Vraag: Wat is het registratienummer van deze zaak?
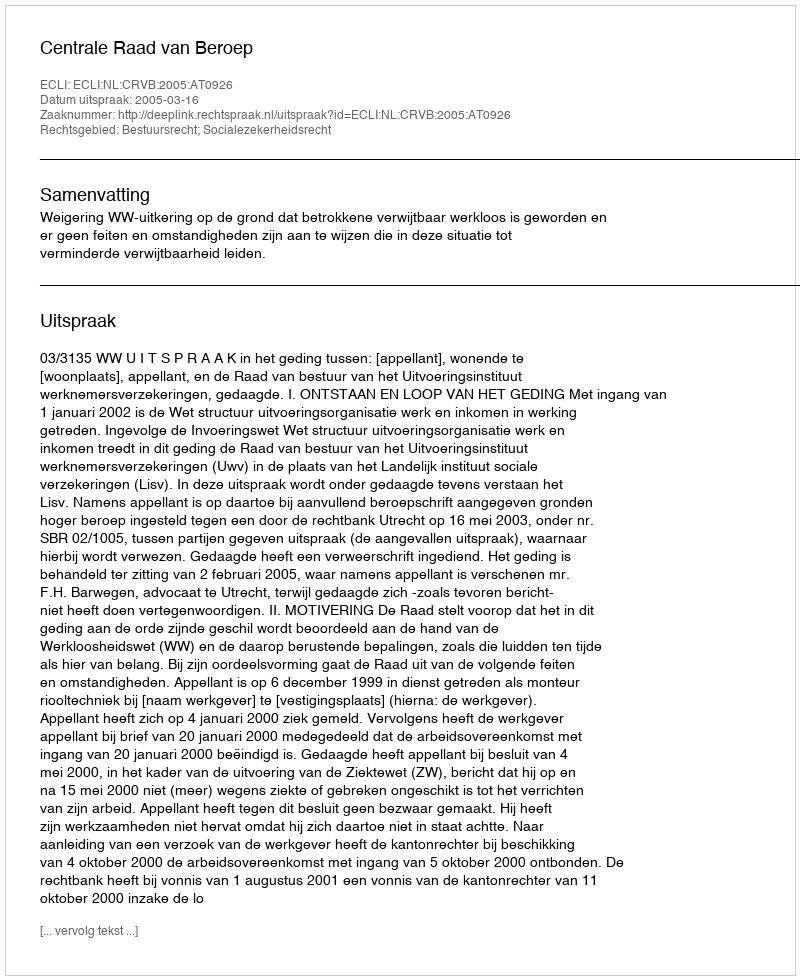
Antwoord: http://deeplink.rechtspraak.nl/uitspraak?id=ECLI:NL:CRVB:2005:AT0926